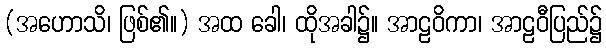
(အဟောသိ၊ ဖြစ်၏။) အထ ခေါ၊ ထိုအခါ၌။ အာဠဝိကာ၊ အာဠဝီပြည်၌